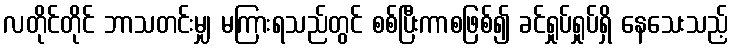
လတိုင်တိုင် ဘာသတင်းမျှ မကြားရသည်တွင် စစ်ပြီးကာစဖြစ်၍ ခင်ရှုပ်ရှုပ်ရှိ နေသေးသည့်